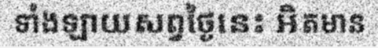
ទាំងឡាយសព្វថ្ងៃនេះ អិតមាន